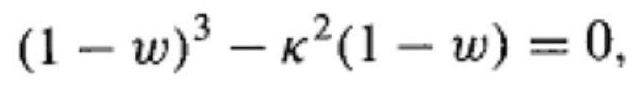
$(1 - w)^{3} - \kappa^{2}(1 - w) = 0,$